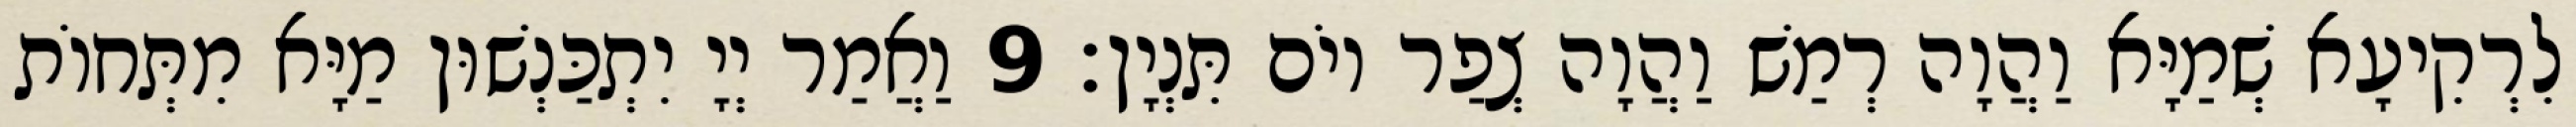
לִרְקִיעָא שְׁמַיָּא וַהֲוָה רְמַשׁ וַהֲוָה צְפַר יוֹם תִּנְיָן׃ 9 וַאֲמַר יְיָ יִתְכַּנְשׁוּן מַיָּא מִתְּחוֹת